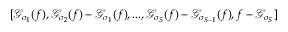
[ \mathcal { G } _ { \sigma _ { 1 } } ( f ) , \mathcal { G } _ { \sigma _ { 2 } } ( f ) - \mathcal { G } _ { \sigma _ { 1 } } ( f ) , . . . , \mathcal { G } _ { \sigma _ { S } } ( f ) - \mathcal { G } _ { \sigma _ { S - 1 } } ( f ) , f - \mathcal { G } _ { \sigma _ { S } } ]